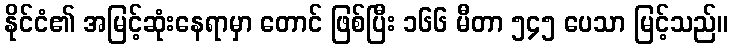
နိုင်ငံ၏ အမြင့်ဆုံးနေရာမှာ တောင် ဖြစ်ပြီး ၁၆၆ မီတာ ၅၄၅ ပေသာ မြင့်သည်။